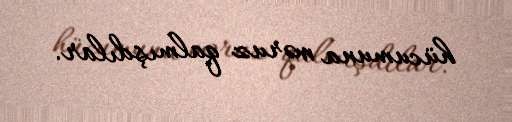
hücumuna məruz qalmışdılar.